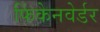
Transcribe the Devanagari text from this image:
फिंकेनवेर्डर